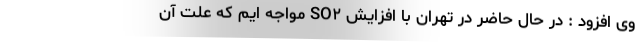
وی افزود : در حال حاضر در تهران با افزایش SO۲ مواجه ایم که علت آن